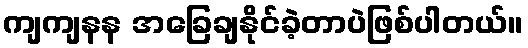
ကျကျနန အခြေချနိုင်ခဲ့တာပဲဖြစ်ပါတယ်။